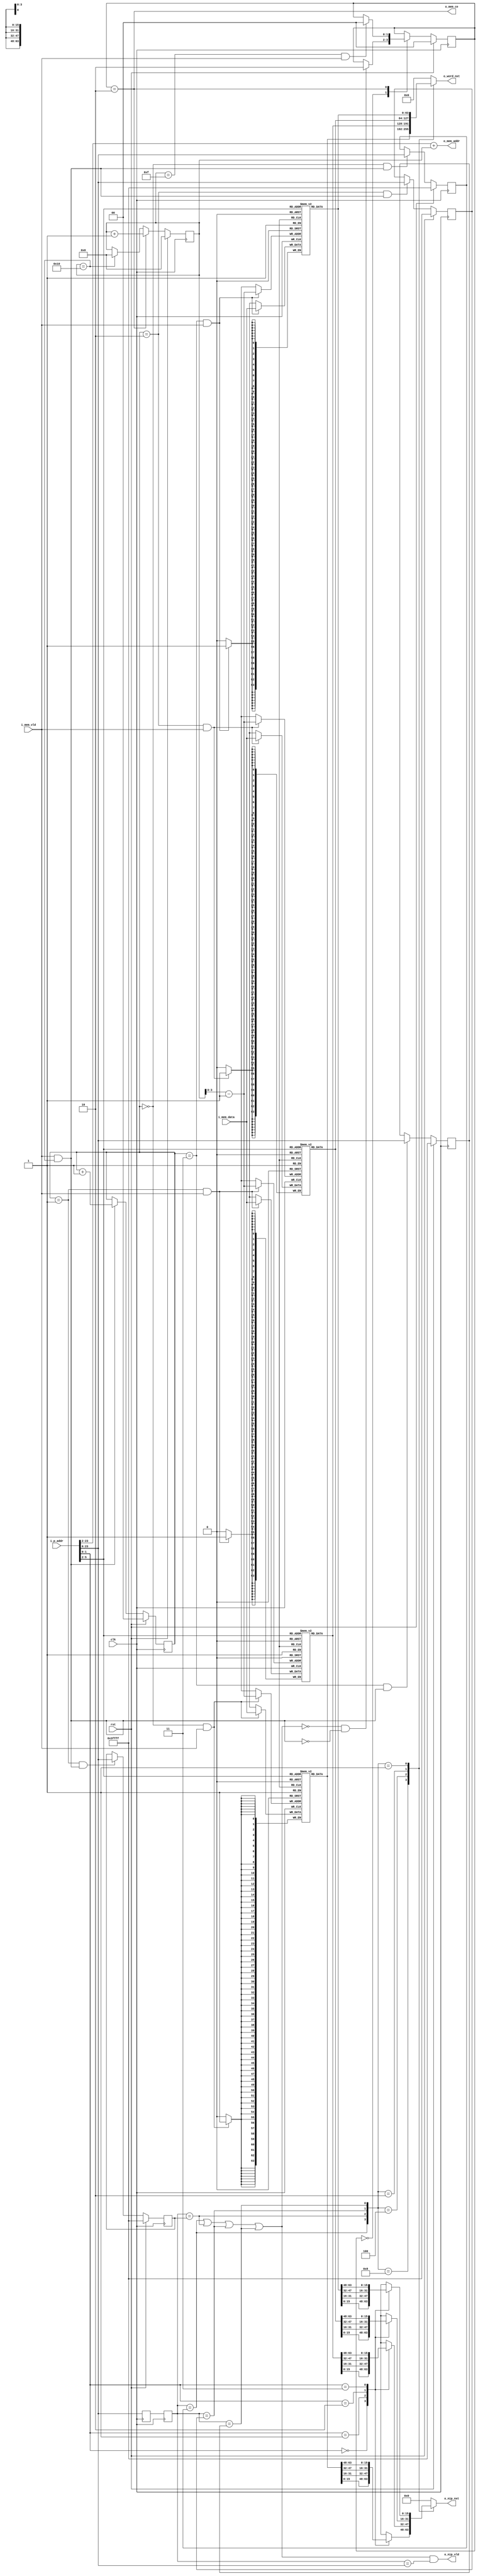
//////////////////////////////////////////////////////////////////
//        Cray Instruction Buffer                               //
//////////////////////////////////////////////////////////////////
//
//This is the block of instruction buffers. Each of the four 
//buffers can hold 64 16-bit parcels. Instruction buffers load
//64-bit words from memory

module i_buf(clk, rst, i_p_addr, o_nip_nxt, o_word_nxt, o_nip_vld, o_mem_ce, o_mem_addr, i_mem_data, i_mem_vld);

input  wire clk;
input  wire rst;
input  wire [23:0] i_p_addr;
output reg [15:0]  o_nip_nxt;
output reg [63:0]  o_word_nxt;
output wire        o_nip_vld;
//64-bit wide memory interface
output wire        o_mem_ce;
output wire [21:0] o_mem_addr;
input  wire [63:0] i_mem_data;
input  wire        i_mem_vld;


reg [17:0] buf_delay;
reg [17:0] cur_buf;
//instruction buffers
reg [63:0] buf0 [15:0];
reg [63:0] buf1 [15:0];
reg [63:0] buf2 [15:0];
reg [63:0] buf3 [15:0];

wire [63:0] cur_buf0_word, cur_buf1_word, cur_buf2_word, cur_buf3_word;

//beginning address registers
reg [17:0] beg_addr0, beg_addr1, beg_addr2, beg_addr3;

//Buffers get replaced with an LRU policy based on the 2-bit buffer counter
reg [1:0] buf_cnt;
reg [4:0] mem_cnt;

reg [1:0] buf_state;      //state register


wire buf0_match, buf1_match, buf2_match, buf3_match;
wire no_match;
wire load_complete;

localparam IDLE = 2'b00,
           WAIT = 2'b01,
           RX   = 2'b10;
localparam BUF_FULL = 4'b1111;



//This bit is kind of weird. There is a 2-cycle delay for some reason
//when the selected buffer changes. The incoming address is the address
//being sent out on the "nip_nxt" port, though, so I'm just implementing
//this by delaying the 'buffer address' lines by  2 cycles, and then
//ANDing (i_buf_addr==cur_buf_addr) with the o_nip_vld signal to get the 
//expected behavior
always@(posedge clk)
   begin
	   buf_delay <= i_p_addr[23:6];
		cur_buf   <= buf_delay;
	end

//Enable memory if we're trying to fill a buffer, and provide the correct address
assign o_mem_ce = (buf_state == RX);
assign o_mem_addr = i_p_addr[23:2] + mem_cnt;

//tell the main block if the next instruction parcel is valid or not
assign o_nip_vld = (buf0_match || buf1_match || buf2_match || buf3_match) && (cur_buf==i_p_addr[23:6]);

//Let's check if the incoming address matches any beginning addresses
assign buf0_match = (cur_buf == beg_addr0);
assign buf1_match = (cur_buf == beg_addr1);
assign buf2_match = (cur_buf == beg_addr2);
assign buf3_match = (cur_buf == beg_addr3);

assign no_match = ~(buf0_match || buf1_match || buf2_match || buf3_match);


//increment the memory counter whenever we're in RX state and the data is valid
always@(posedge clk)
   if(rst)
      mem_cnt <= 5'b0;
   else if(buf_state==RX)
      mem_cnt <= mem_cnt + 4'b1;
	else if (mem_cnt == BUF_FULL + 1)
	   mem_cnt <= 5'b0;

//Fill in the correct buffer as we're loading from memory
always@(posedge clk)
if((buf_cnt==2'b00) && i_mem_vld)
   buf0[mem_cnt-1] <= i_mem_data;
	
always@(posedge clk)
if((buf_cnt==2'b01) && i_mem_vld)
   buf1[mem_cnt-1] <= i_mem_data;

always@(posedge clk)
if((buf_cnt==2'b10) && i_mem_vld)
   buf2[mem_cnt-1] <= i_mem_data;
	
always@(posedge clk)
if((buf_cnt==2'b11) && i_mem_vld)
   buf3[mem_cnt-1] <= i_mem_data;
	
//detect when we're done loading
assign load_complete = i_mem_vld && (mem_cnt==BUF_FULL+1);

//load the 'beginning address' registers of each buffer when we finish a load
always@(posedge clk)
   if(rst)
      beg_addr0 <= 18'b111111111111111111;
   else if((buf_cnt == 2'b00) && load_complete)
      beg_addr0 <= i_p_addr[23:6];

always@(posedge clk)
   if(rst)
      beg_addr1 <= 18'b111111111111111111;
   else if((buf_cnt == 2'b01) && load_complete)
      beg_addr1 <= i_p_addr[23:6];

always@(posedge clk)
   if(rst)
      beg_addr2 <= 18'b111111111111111111;
   else if((buf_cnt == 2'b10) && load_complete)
      beg_addr2 <= i_p_addr[23:6];

always@(posedge clk)
   if(rst)
      beg_addr3 <= 18'b111111111111111111;
   else if((buf_cnt == 2'b11) && load_complete)
      beg_addr3 <= i_p_addr[23:6];



//Now that the load is finished, increment the buffer counter every time we fill a buffer
always@(posedge clk)
   if(rst)
      buf_cnt <= 2'b00;
   else if (load_complete)
      buf_cnt <= buf_cnt + 2'b1;
		
		
		
//now lets select some data
assign cur_buf0_word = buf0[i_p_addr[5:2]];
assign cur_buf1_word = buf1[i_p_addr[5:2]];
assign cur_buf2_word = buf2[i_p_addr[5:2]];
assign cur_buf3_word = buf3[i_p_addr[5:2]];

//select the correct 16-bit parcel out of the current 64-bit word
always@*
begin
   case({buf0_match, buf1_match, buf2_match, buf3_match})
      4'b1000:case(i_p_addr[1:0])
                 2'b00:o_nip_nxt=cur_buf0_word[15:0];
                 2'b01:o_nip_nxt=cur_buf0_word[31:16];
                 2'b10:o_nip_nxt=cur_buf0_word[47:32];
                 2'b11:o_nip_nxt=cur_buf0_word[63:48];
              endcase

      4'b0100:case(i_p_addr[1:0])
                 2'b00:o_nip_nxt=cur_buf1_word[15:0];
                 2'b01:o_nip_nxt=cur_buf1_word[31:16];
                 2'b10:o_nip_nxt=cur_buf1_word[47:32];
                 2'b11:o_nip_nxt=cur_buf1_word[63:48];
              endcase

      4'b0010:case(i_p_addr[1:0])
                 2'b00:o_nip_nxt=cur_buf2_word[15:0];
                 2'b01:o_nip_nxt=cur_buf2_word[31:16];
                 2'b10:o_nip_nxt=cur_buf2_word[47:32];
                 2'b11:o_nip_nxt=cur_buf2_word[63:48];
              endcase

      4'b0001:case(i_p_addr[1:0])
                 2'b00:o_nip_nxt=cur_buf3_word[15:0];
                 2'b01:o_nip_nxt=cur_buf3_word[31:16];
                 2'b10:o_nip_nxt=cur_buf3_word[47:32];
                 2'b11:o_nip_nxt=cur_buf3_word[63:48];
              endcase

      default: o_nip_nxt = 16'b0;
   endcase
end

//and we need to output the whole current 64-bit word (for exchange packages)
always@*
begin
   case({buf0_match, buf1_match, buf2_match, buf3_match})
      4'b1000:o_word_nxt = cur_buf0_word;
      4'b0100:o_word_nxt = cur_buf1_word;
      4'b0010:o_word_nxt = cur_buf2_word;         
      4'b0001:o_word_nxt = cur_buf3_word;
      default:o_word_nxt = 64'b0;
   endcase
end
//State machine to retrieve 128-byte chunks from memory
always@(posedge clk)
if(rst)
   buf_state <= IDLE;
else
   case(buf_state)
      IDLE: if(no_match && !load_complete) 
		         buf_state <= RX;
        RX: if ((mem_cnt==BUF_FULL) && i_mem_vld) 
		         buf_state <= IDLE;
   endcase




endmodule